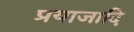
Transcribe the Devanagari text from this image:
प्रयाजादि